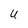
Character: U